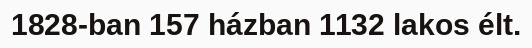
1828-ban 157 házban 1132 lakos élt.